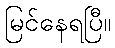
မြင်နေရပြီ။